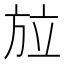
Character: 𭤳